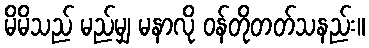
မိမိသည် မည်မျှ မနာလို ဝန်တိုတတ်သနည်း။